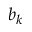
b _ { k }